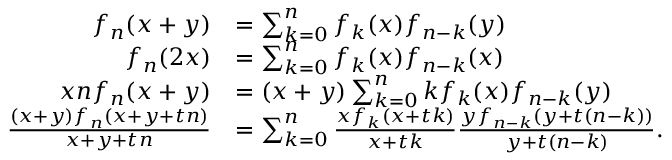
{ \begin{array} { r l } { f _ { n } ( x + y ) } & { = \sum _ { k = 0 } ^ { n } f _ { k } ( x ) f _ { n - k } ( y ) } \\ { f _ { n } ( 2 x ) } & { = \sum _ { k = 0 } ^ { n } f _ { k } ( x ) f _ { n - k } ( x ) } \\ { x n f _ { n } ( x + y ) } & { = ( x + y ) \sum _ { k = 0 } ^ { n } k f _ { k } ( x ) f _ { n - k } ( y ) } \\ { { \frac { ( x + y ) f _ { n } ( x + y + t n ) } { x + y + t n } } } & { = \sum _ { k = 0 } ^ { n } { \frac { x f _ { k } ( x + t k ) } { x + t k } } { \frac { y f _ { n - k } ( y + t ( n - k ) ) } { y + t ( n - k ) } } . } \end{array} }